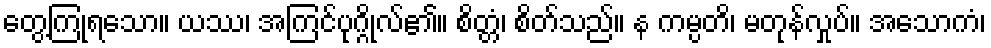
တွေ့ကြုံရသော။ ယဿ၊ အကြင်ပုဂ္ဂိုလ်၏။ စိတ္တံ၊ စိတ်သည်။ န ကမ္ပတိ၊ မတုန်လှုပ်။ အသောကံ၊